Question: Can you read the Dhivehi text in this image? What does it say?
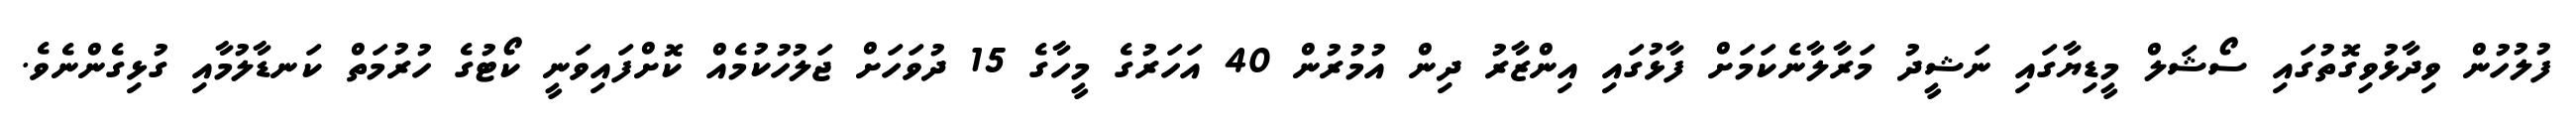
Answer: ފުލުހުން ވިދާޅުވިގޮތުގައި ސޯޝަލް މީޑިޔާގައި ނަޝީދު މަރާލާނެކަމަށް ފާޅުގައި އިންޒާރު ދިން އުމުރުން 40 އަހަރުގެ މީހާގެ 15 ދުވަހަށް ޖަލުހުކުމެއް ކޮށްފައިވަނީ ކޯޓުގެ ހުރުމަތް ކަނޑާލުމާއި ގުޅިގެންނެވެ.